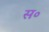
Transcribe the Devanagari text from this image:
स॰